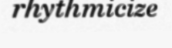
rhythmicize